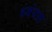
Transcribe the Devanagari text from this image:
ध्वंयस